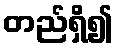
တည်ရှိ၍